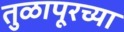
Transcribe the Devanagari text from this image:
तुळापूरच्या